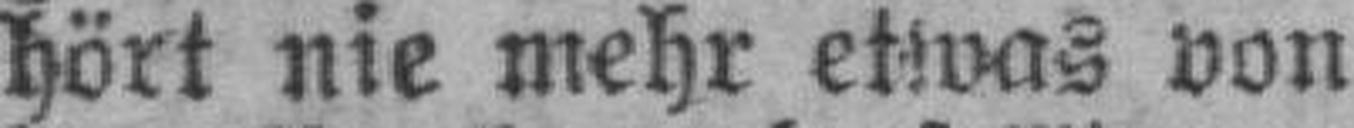
hört nie mehr etwas von